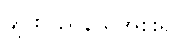
ချင်းပြည်နယ်အစိုးရ